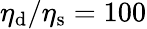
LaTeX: \eta_{\mathrm{d}}/\eta_{\mathrm{s}}=100